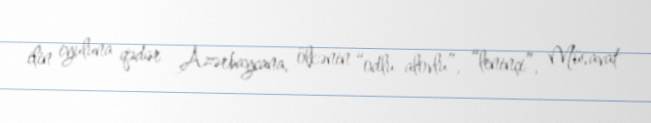
ilin iyuluna qədər Azərbaycana, ölkənin “odlu-alovlu”, “leninçi”, Müsavat